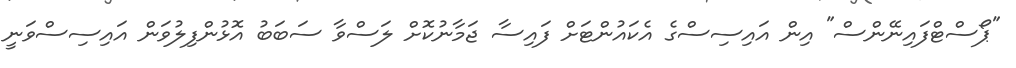
"ޕޯސްޓްފައިނޭންސް" އިން އައިސިސްގެ އެކައުންޓަށް ފައިސާ ޖަމާނުކޮށް ލަސްވާ ސަބަބު އޮޅުންފިލުވަން އައިސިސްވަނީ